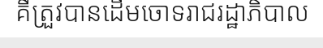
គឺត្រួវបានដើមចោទរាជរដ្ឋាភិបាល